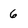
Character: 6